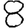
Digit: 8